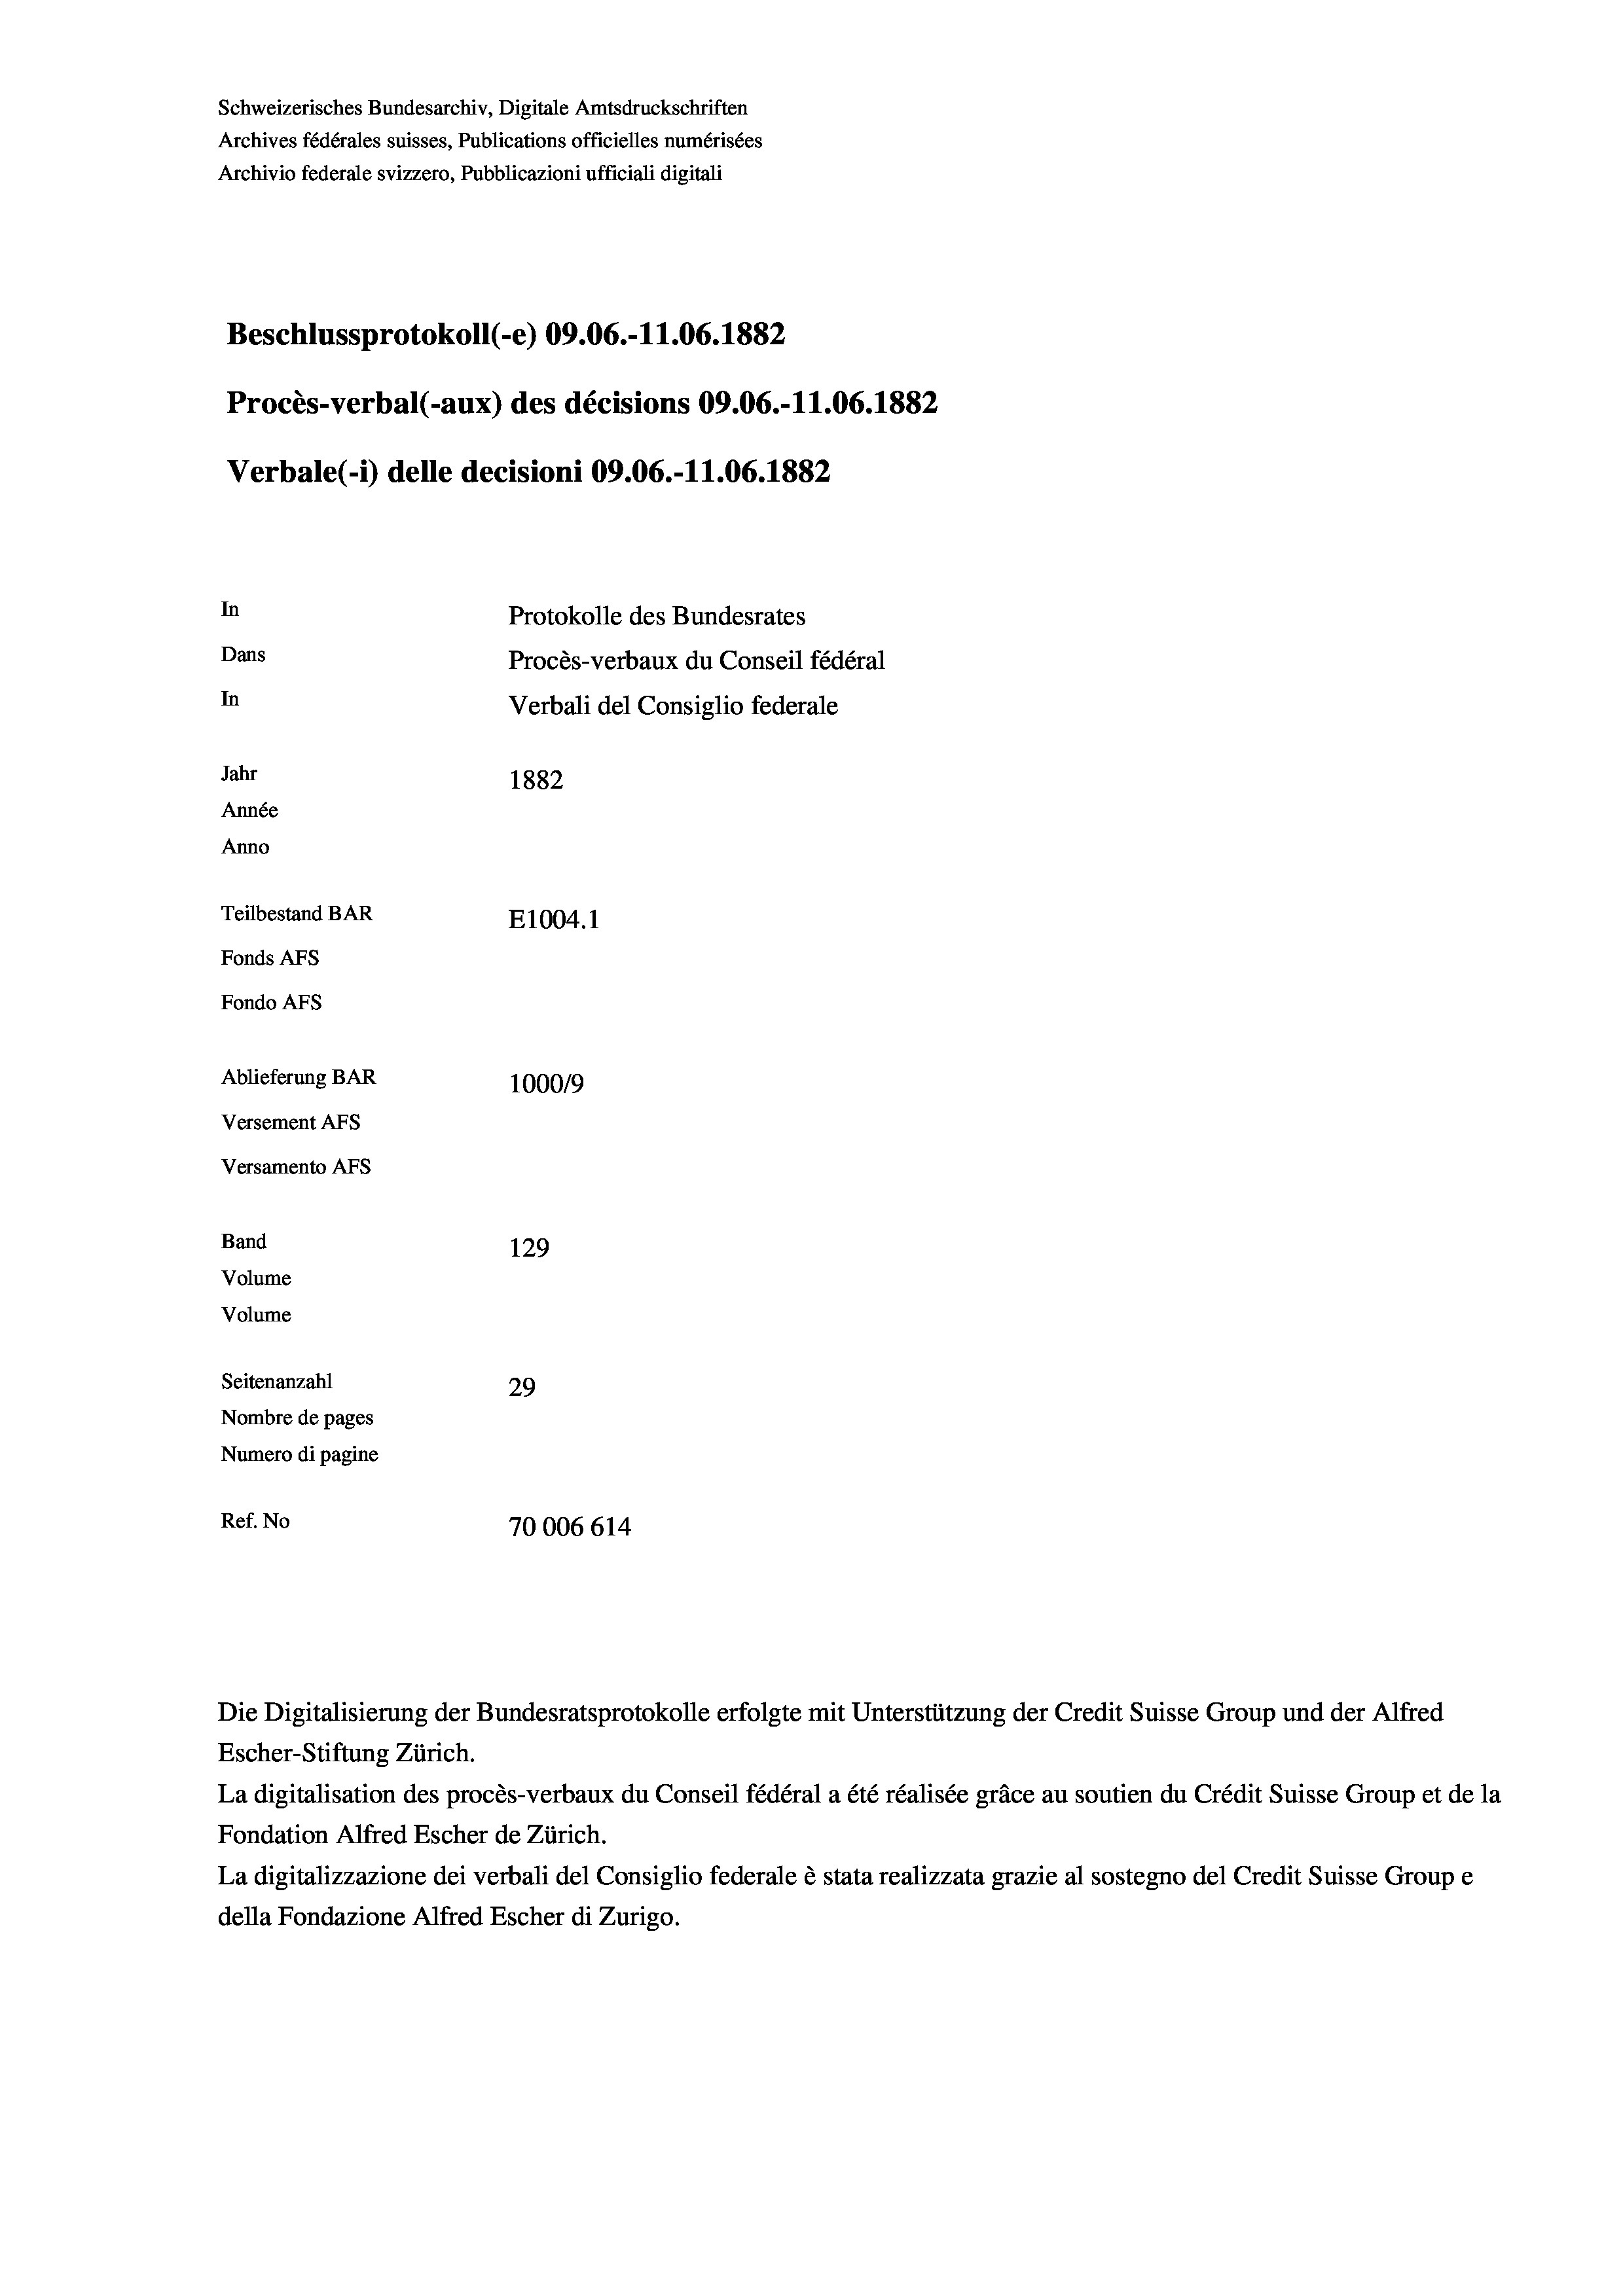
Schweizerisches Bundesarchiv, Digitale Amtsdruckschriften
Archives fédérales suisses, Publications officielles numérisées
Archivio federale svizzero, Pubblicazioni ufficiali digitali
Beschlussprotokoll (-e) 09.06.-11.06. 1882
Procès-verbal (-aux) des décisions 09.06.-11.06. 1882
Verbale (- 1) delle decisioni 09.06.-11.06. 1882
In
Protokolle des Bundesrates
Dans
Procès-verbaux du Conseil fédéral
In
Verbali del Consiglio federale
Jahr
1882
Année
Anno
Teilbestand BAR
E1004. 1
Fonds AFs
Fondo Afs
Ablieferung BAR
100019
Versement AFs
Versamento Afs
Band
129
Volume
Volume
Seitenanzahl
29
Nombre de pages
Numero di pagine
Ref. No
70006614

Die Digitalisierung der Bundesratsprotokolle erfolgte mit Unterstützung der Credit Suisse Group und der Alfred
Escher-Stiftung Zürich.
La digitalisation des procès-verbaux du Conseil fédéral a été réalisée gräce au soutien du Crédit Suisse Group et de la
Fondation Alfred Escher de Zürich.
La digitalizzazione dei verbali del Consiglio federale è stata realizzata grazie al sostegno del Credit Suisse Groupe
della Fondazione Alfred Escher di Zurigo.